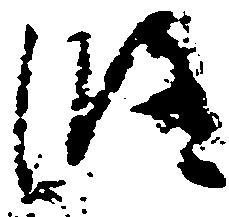
修